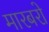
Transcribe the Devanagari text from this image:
मारबरो